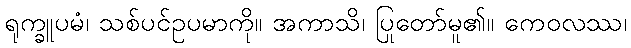
ရုက္ခူပမံ၊ သစ်ပင်ဥပမာကို။ အကာသိ၊ ပြုတော်မူ၏။ ကေဝလဿ၊